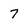
Character: 7